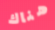
هناك